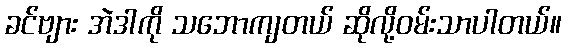
ခင်ဗျား အဲဒါကို သဘောကျတယ် ဆိုလို့ဝမ်းသာပါတယ်။